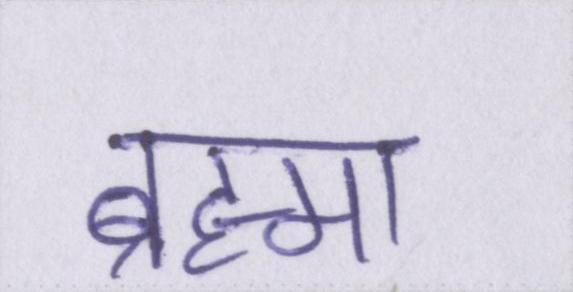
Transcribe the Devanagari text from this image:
ब्रह्मा